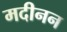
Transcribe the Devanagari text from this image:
मदीनन